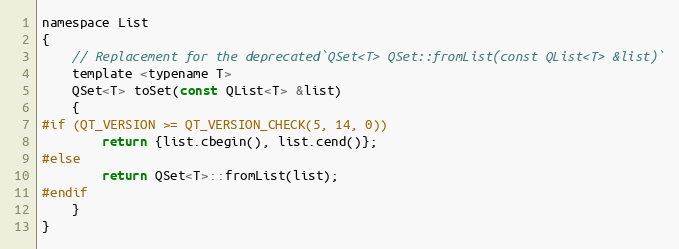
Language: C
namespace List
{
    // Replacement for the deprecated`QSet<T> QSet::fromList(const QList<T> &list)`
    template <typename T>
    QSet<T> toSet(const QList<T> &list)
    {
#if (QT_VERSION >= QT_VERSION_CHECK(5, 14, 0))
        return {list.cbegin(), list.cend()};
#else
        return QSet<T>::fromList(list);
#endif
    }
}